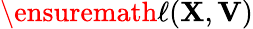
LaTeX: \ensuremath{\ell}({\mathbf{{X}}},{\mathbf{{V}}})